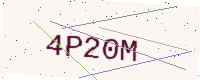
Text: 4P20M